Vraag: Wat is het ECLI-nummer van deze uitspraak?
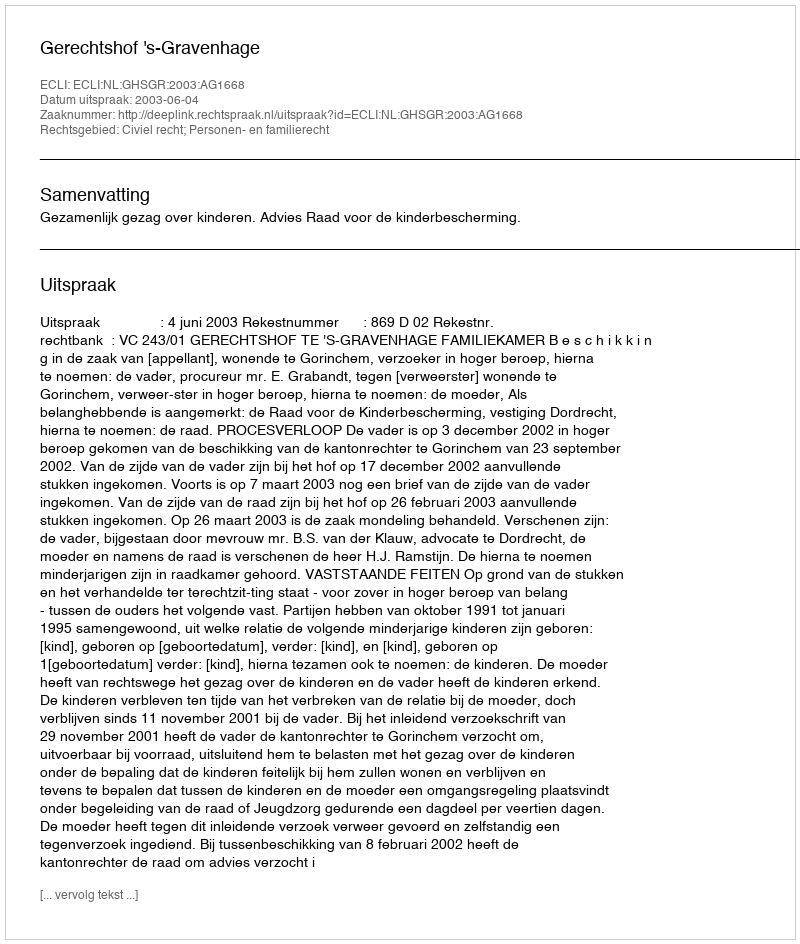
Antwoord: ECLI:NL:GHSGR:2003:AG1668